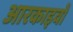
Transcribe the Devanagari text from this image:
आरकाइवों